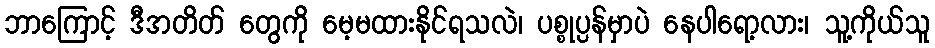
ဘာကြောင့် ဒီအတိတ် တွေကို မေ့မထားနိုင်ရသလဲ၊ ပစ္စုပ္ပန်မှာပဲ နေပါရော့လား၊ သူ့ကိုယ်သူ